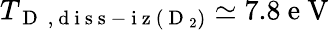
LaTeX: T_{\mathrm{~D~}\mathrm{~,~d~i~s~s~-~i~z~}\left(\mathrm{~D~}_{2}\right)}\simeq 7.8\mathrm{~e~V~}